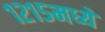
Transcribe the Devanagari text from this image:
१२१५मध्ये